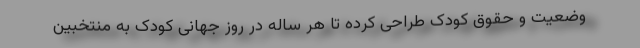
وضعیت و حقوق کودک طراحی کرده تا هر ساله در روز جهانی کودک به منتخبین